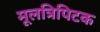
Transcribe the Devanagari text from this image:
मूलत्रिपिटक